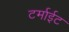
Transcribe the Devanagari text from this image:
टर्माईट